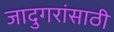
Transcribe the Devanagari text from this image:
जादुगरांसाठी